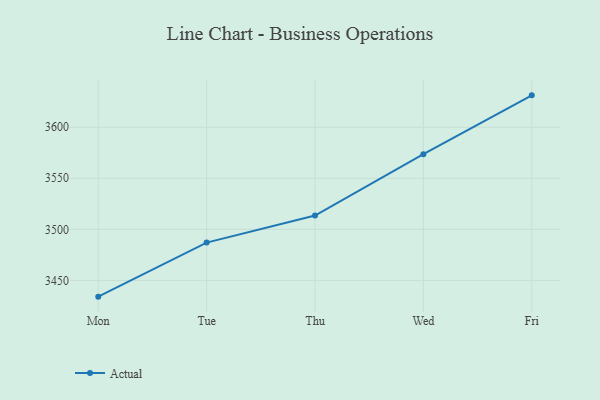
{"axis": {"x": "Day", "y": "Operating Costs (USD K)"}, "legend": ["Actual"], "data": [{"x": "Mon", "y": 3434.1, "type": "Actual"}, {"x": "Tue", "y": 3487.0, "type": "Actual"}, {"x": "Thu", "y": 3513.5, "type": "Actual"}, {"x": "Wed", "y": 3573.6, "type": "Actual"}, {"x": "Fri", "y": 3631.2, "type": "Actual"}]}